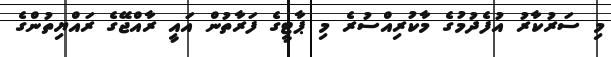
މި ސަރުކާރު އުފެދުމުގެ މާކުރިއްސުރެ މި ޕާޓީގެ ފަރާތުން އައީ ރާއްޖޭގެ ރައްޔިތުންގެ